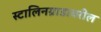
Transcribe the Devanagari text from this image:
स्टालिनग्राडावरील